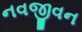
નવજીવન